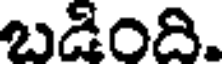
బడింది.